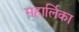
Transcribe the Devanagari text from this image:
महार्लिका